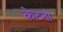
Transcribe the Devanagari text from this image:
केटना